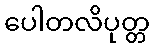
ပေါတလိပုတ္တ